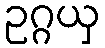
ဥဂ္ဂယှ